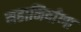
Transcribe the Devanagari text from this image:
महानिर्वाणा